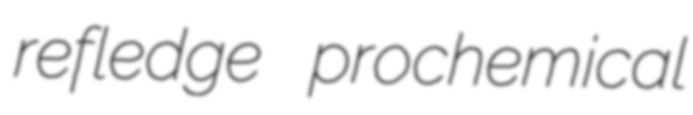
refledge prochemical